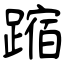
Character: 蹜